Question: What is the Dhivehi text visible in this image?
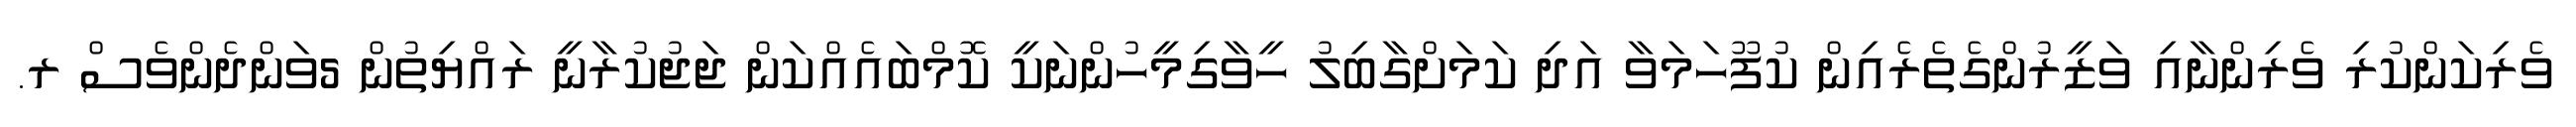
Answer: ވެރިކަންކުރި ވެރިންނާއި ވަޒީރުންގެތެރެއިން ކުފޫހަމަވާ އަދި ކަމަށްގާބިލު ހީވާގިމީހުންނަކީ ކޮމްބައެއްކަން ޖަޖުކުރާނީ ރައްޔިތުން 5ވަންދެންވެސް ރ.